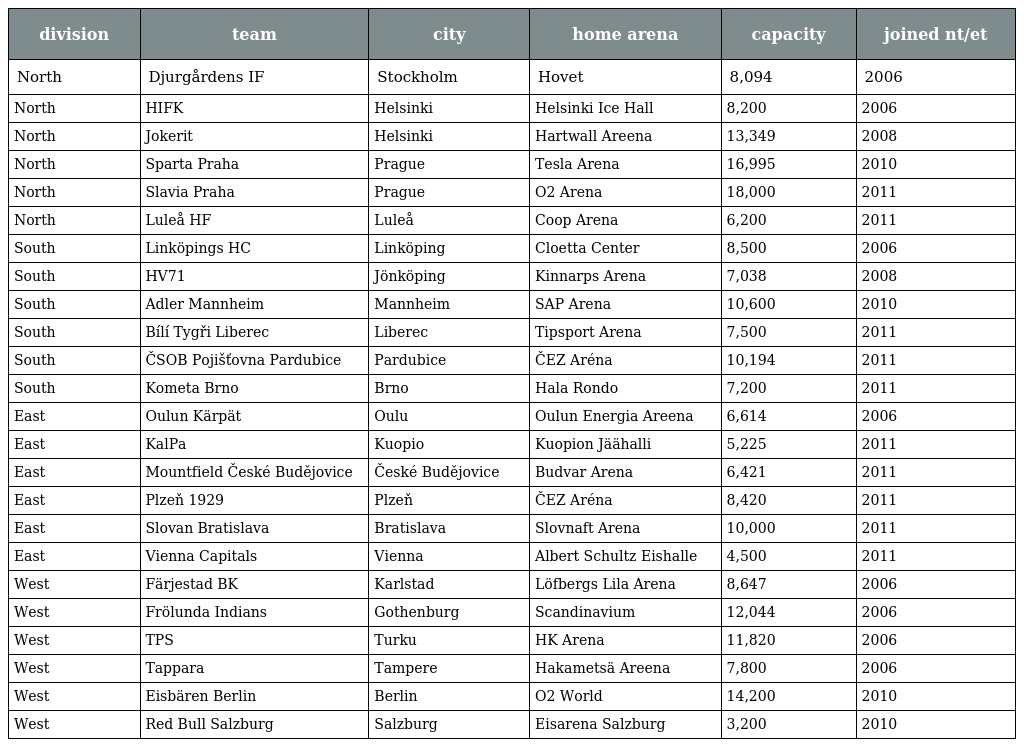
| division | team | city | home arena | capacity | joined nt/et |
 | --- | --- | --- | --- | --- | --- |
 | North | Djurgårdens IF | Stockholm | Hovet | 8,094 | 2006 |
 | North | HIFK | Helsinki | Helsinki Ice Hall | 8,200 | 2006 |
 | North | Jokerit | Helsinki | Hartwall Areena | 13,349 | 2008 |
 | North | Sparta Praha | Prague | Tesla Arena | 16,995 | 2010 |
 | North | Slavia Praha | Prague | O2 Arena | 18,000 | 2011 |
 | North | Luleå HF | Luleå | Coop Arena | 6,200 | 2011 |
 | South | Linköpings HC | Linköping | Cloetta Center | 8,500 | 2006 |
 | South | HV71 | Jönköping | Kinnarps Arena | 7,038 | 2008 |
 | South | Adler Mannheim | Mannheim | SAP Arena | 10,600 | 2010 |
 | South | Bílí Tygři Liberec | Liberec | Tipsport Arena | 7,500 | 2011 |
 | South | ČSOB Pojišťovna Pardubice | Pardubice | ČEZ Aréna | 10,194 | 2011 |
 | South | Kometa Brno | Brno | Hala Rondo | 7,200 | 2011 |
 | East | Oulun Kärpät | Oulu | Oulun Energia Areena | 6,614 | 2006 |
 | East | KalPa | Kuopio | Kuopion Jäähalli | 5,225 | 2011 |
 | East | Mountfield České Budějovice | České Budějovice | Budvar Arena | 6,421 | 2011 |
 | East | Plzeň 1929 | Plzeň | ČEZ Aréna | 8,420 | 2011 |
 | East | Slovan Bratislava | Bratislava | Slovnaft Arena | 10,000 | 2011 |
 | East | Vienna Capitals | Vienna | Albert Schultz Eishalle | 4,500 | 2011 |
 | West | Färjestad BK | Karlstad | Löfbergs Lila Arena | 8,647 | 2006 |
 | West | Frölunda Indians | Gothenburg | Scandinavium | 12,044 | 2006 |
 | West | TPS | Turku | HK Arena | 11,820 | 2006 |
 | West | Tappara | Tampere | Hakametsä Areena | 7,800 | 2006 |
 | West | Eisbären Berlin | Berlin | O2 World | 14,200 | 2010 |
 | West | Red Bull Salzburg | Salzburg | Eisarena Salzburg | 3,200 | 2010 |